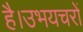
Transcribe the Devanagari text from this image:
है।उभयचरों